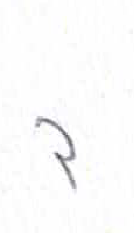
אות: ד